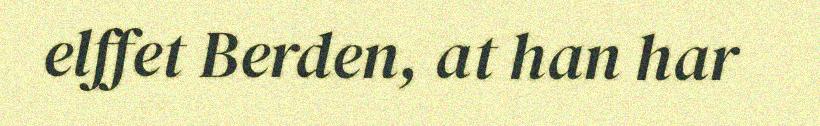
elffet Berden, at han har